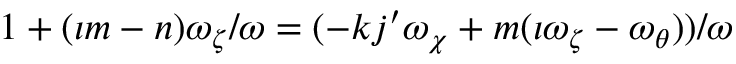
1 + ( \iota m - n ) \omega _ { \zeta } / \omega = ( - k j ^ { \prime } \omega _ { \chi } + m ( \iota \omega _ { \zeta } - \omega _ { \theta } ) ) / \omega